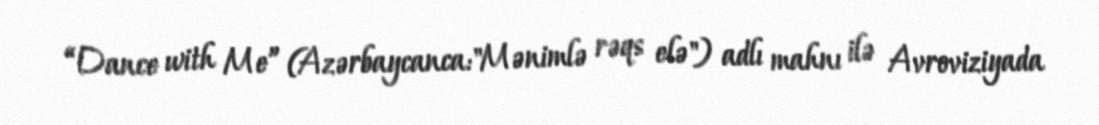
“Dance with Me” (Azərbaycanca:"Mənimlə rəqs elə") adlı mahnı ilə Avroviziyada